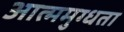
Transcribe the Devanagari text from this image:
आत्ममुग्धता